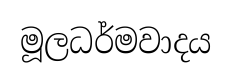
මූලධර්මවාදය